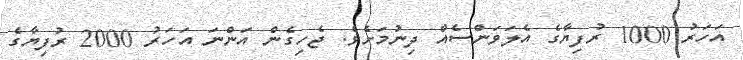
އަހަރު 1000 ރުފިޔާގެ އެލަވަންސެއް ދިނުމަށެވެ. ޖެހިގެން އަންނަ އަހަރު 2000 ރުފިޔާގެ